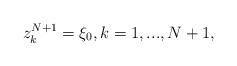
LaTeX: \begin{align*}z^{N+1}_{k}=\xi_{0}, k=1,...,N+1,\end{align*}